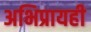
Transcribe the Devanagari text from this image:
अभिप्रायही